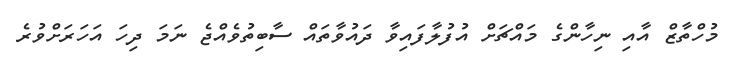
މުހްތާޒް އާއި ނިހާންގެ މައްޗަށް އުފުލާފައިވާ ދައުވާތައް ސާބިތުވެއްޖެ ނަމަަ ދިހަ އަހަރަށްވުރެ